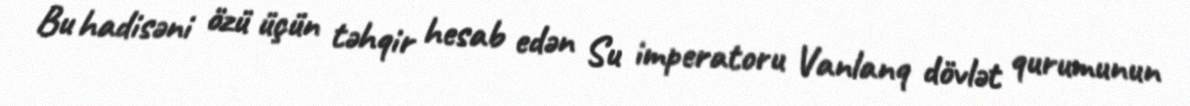
Bu hadisəni özü üçün təhqir hesab edən Su imperatoru Vanlanq dövlət qurumunun